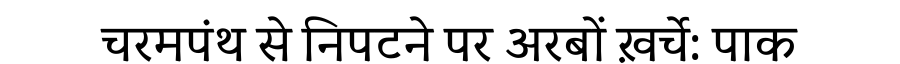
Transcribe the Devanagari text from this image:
चरमपंथ से निपटने पर अरबों ख़र्चे: पाक